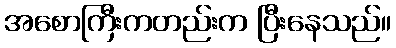
အစောကြီးကတည်းက ပြီးနေသည်။